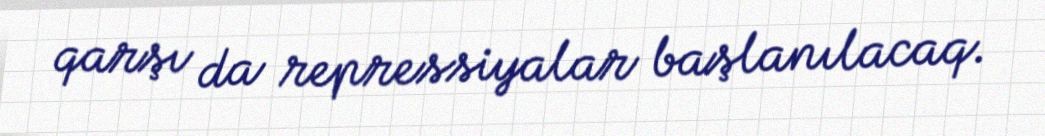
qarşı da repressiyalar başlanılacaq.